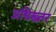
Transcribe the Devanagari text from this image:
अधिख्तर